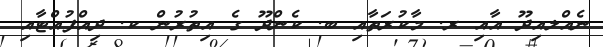
ނެއްލއިދޫ އާއި ރ. މާކުރަތާއި ބ. ކެންދޫ ގެ އިތުރުން ކ. ދިއްފުއްޓާއި